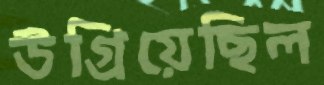
উগ্‌রিয়েছিল